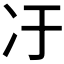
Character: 𫤿